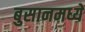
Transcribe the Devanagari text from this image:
बुसानमध्ये